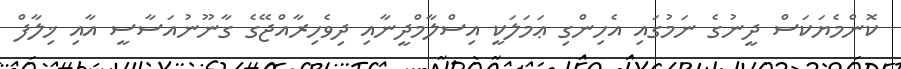
ކޮންމެޔަކަސް ދީނުގެ ނަމުގައި އެހިންގި ޢަމަލަކީ އިސްލާމްދީނާއި ދިވެހިރާއްޖޭގެ ގާނޫނުއަސާސީ އާއި ޚިލާފް